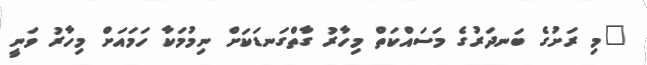
"މި ރަށުގެ ބަނދަރުގެ މަސައްކަތް މިހާރު ގާތްގަނޑަކަށް ނިމުމަކާ ހަމައަށް މިހާރު ވަނީ